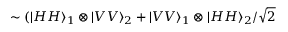
\sim ( | H H \rangle _ { 1 } \otimes | V V \rangle _ { 2 } + | V V \rangle _ { 1 } \otimes | H H \rangle _ { 2 } / \sqrt { 2 }